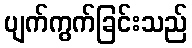
ပျက်ကွက်ခြင်းသည်